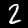
Digit: 2